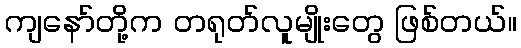
ကျနော်တို့က တရုတ်လူမျိုးတွေ ဖြစ်တယ်။